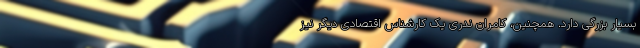
بسیار بزرگی دارد. همچنین، کامران ندری یک کارشناس اقتصادی دیگر نیز